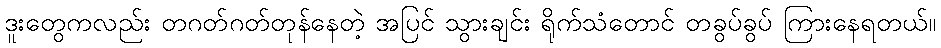
ဒူးတွေကလည်း တဂတ်ဂတ်တုန်နေတဲ့ အပြင် သွားချင်း ရိုက်သံတောင် တခွပ်ခွပ် ကြားနေရတယ်။